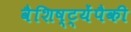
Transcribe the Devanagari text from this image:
वैशिष्ट्येंपैकी